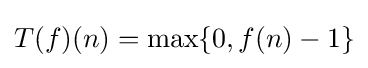
T(f)(n)=\max\{0,f(n)-1\}